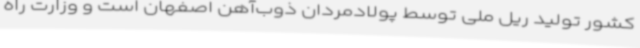
کشور تولید ریل ملی توسط پولادمردان ذوب‌آهن اصفهان است و وزارت راه